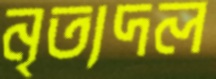
নৃত্যদল